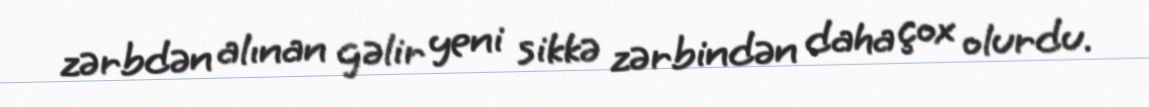
zərbdən alınan gəlir yeni sikkə zərbindən daha çox olurdu.